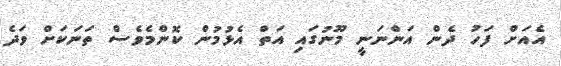
އެއަށް ފަހު ދެން އަންނަނީ މޫނުގައި އަތް އެޅުމުން ކޮންމެވެސް ތަނަކަށް ވަދެ